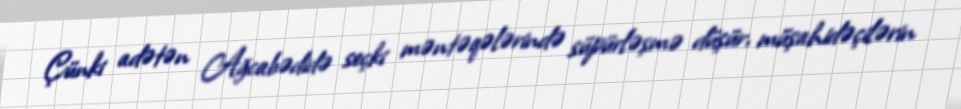
Çünki adətən Ağcabədidə seçki məntəqələrində süpürləşmə düşür, müşahidəçilərin